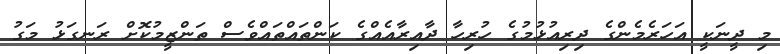
މި ދީނަކީ އަހަރެމެންގެ ދިރިއުޅުމުގެ ހުރިހާ ދާއިރާއެއްގެ ކަންތައްތައްވެސް ތަންޒީމުކޮށް ރަނގަޅު މަގު